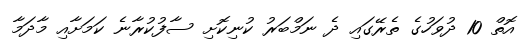
އޮތް 10 ދުވަހުގެ ތެރޭގައި ދެ ނަމްބަރު ކުނިކޮށި ސާފުކުރާނެ ކަމަށާއި މާދަމާ